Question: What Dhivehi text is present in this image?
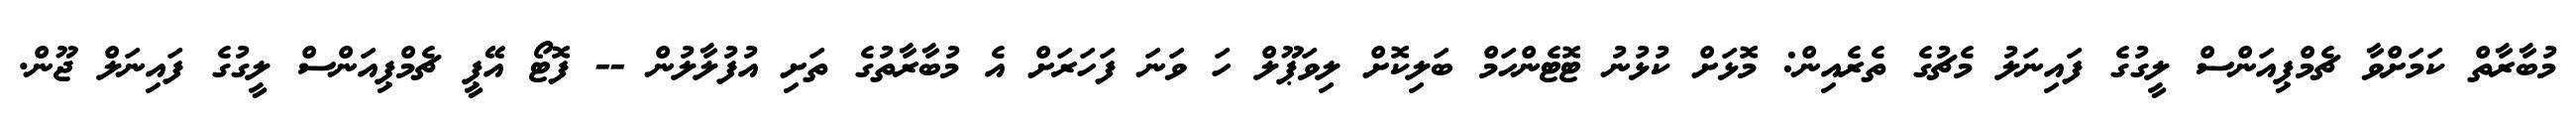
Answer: މުބާރާތް ކަމަށްވާ ޗެމްޕިއަންސް ލީގުގެ ފައިނަލު މެޗުގެ ތެރެއިން: މޮޅަށް ކުޅުނު ޓޮޓެންހަމް ބަލިކޮށް ލިވަޕޫލް ހަ ވަނަ ފަހަރަށް އެ މުބާރާތުގެ ތަށި އުފުލާލުން -- ފޮޓޯ އޭޕީ ޗެމްޕިއަންސް ލީގުގެ ފައިނަލް ޖޫން.